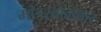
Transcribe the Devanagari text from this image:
मांडखोलकर